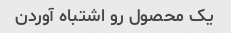
یک محصول رو اشتباه آوردن